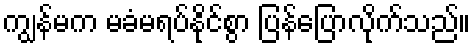
ကျွန်မက မခံမရပ်နိုင်စွာ ပြန်ပြောလိုက်သည်။